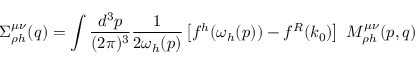
\Sigma _ { \rho h } ^ { \mu \nu } ( q ) = \int \frac { d ^ { 3 } p } { ( 2 \pi ) ^ { 3 } } \frac { 1 } { 2 \omega _ { h } ( p ) } \left[ f ^ { h } ( \omega _ { h } ( p ) ) - f ^ { R } ( k _ { 0 } ) \right] \ { \cal M } _ { \rho h } ^ { \mu \nu } ( p , q )